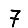
Digit: 7